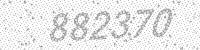
Solution: 882370